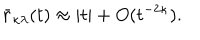
\bar { r } _ { \kappa \lambda } ( t ) \approx | t | + O ( t ^ { - 2 \kappa } ) .